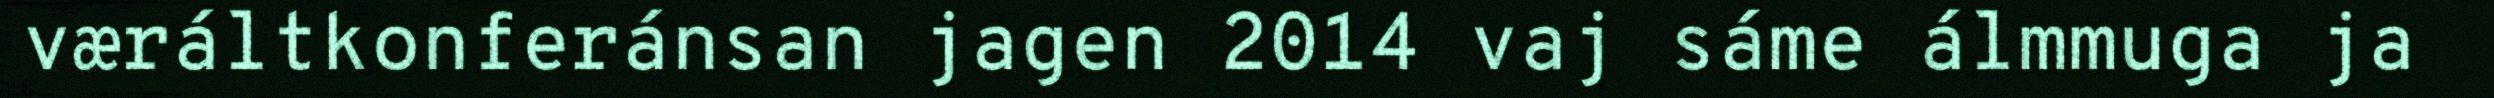
væráltkonferánsan jagen 2014 vaj sáme álmmuga ja